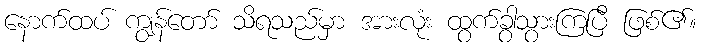
နောက်ထပ် ကျွန်တော် သိရသည်မှာ အားလုံး ထွက်ခွာသွားကြပြီ ဖြစ်၏။